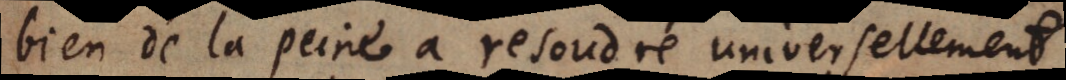
bien de la peine a resoudre universellement